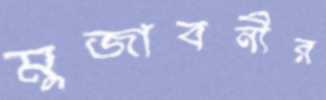
মুজাবনীর